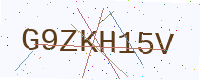
Text: G9ZKH15V